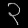
Digit: ၃